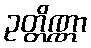
ဥတ္တိဏ္ဏာ